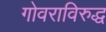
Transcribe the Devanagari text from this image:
गोवराविरुद्ध